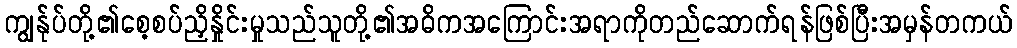
ကျွန်ုပ်တို့၏စေ့စပ်ညှိနှိုင်းမှုသည်သူတို့၏အဓိကအကြောင်းအရာကိုတည်ဆောက်ရန်ဖြစ်ပြီးအမှန်တကယ်